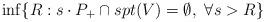
LaTeX: \begin{align*} \inf \{R: s\cdot P_+ \cap spt(V) = \emptyset, \ \forall s>R\} \end{align*}